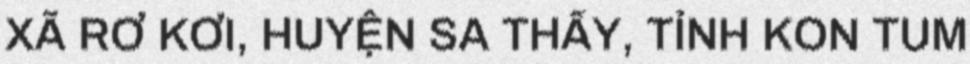
XÃ RƠ KƠI, HUYỆN SA THẦY, TỈNH KON TUM